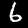
Digit: 6